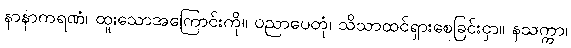
နာနာကရဏံ၊ ထူးသောအကြောင်းကို။ ပညာပေတုံ၊ သိသာထင်ရှားစေခြင်းငှာ။ နသက္ကာ၊